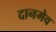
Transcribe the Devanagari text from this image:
दानमेव